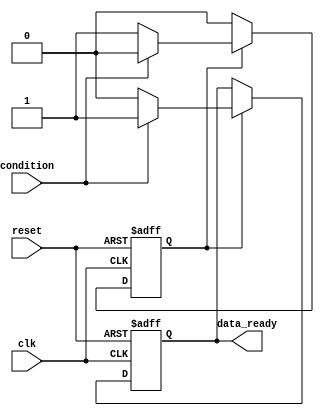
module wait_example (
    input wire condition,
    input wire clk,
    input wire reset,
    output reg data_ready
);
    
    // State declaration
    reg waiting;
    
    // Process to simulate 'wait'
    always @(posedge clk or posedge reset) begin
        if (reset) begin
            // Reset the state
            data_ready <= 1'b0;
            waiting <= 1'b1; // Indicate that we're in waiting state
        end else begin
            // Check the waiting condition
            if (waiting) begin
                if (condition) begin
                    // Condition met, resume execution
                    data_ready <= 1'b1; // Example action on condition met
                    waiting <= 1'b0; // Exit waiting state
                end else begin
                    // Stay in waiting state
                    data_ready <= 1'b0;
                end
            end else begin
                // Normal operation code can go here if not waiting
                // Example: data_ready <= some_other_logic;
            end
        end
    end

endmodule